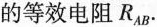
的等效电阻R_{AB}.